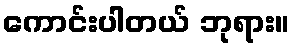
ကောင်းပါတယ် ဘုရား။